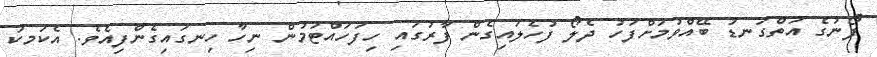
ފޯނުގެ އަތްގަނޑު ބޭއްވުމަށްފަހު ދެލޯ ފުހެލައިގެން ފާރުގައި ހިފަހައްޓަމުން ނިހާ ހިނގައިގެންފިއެވެ. އެކަމކު